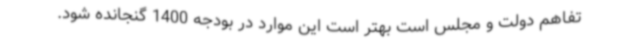
تفاهم دولت و مجلس است بهتر است این موارد در بودجه 1400 گنجانده شود.